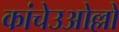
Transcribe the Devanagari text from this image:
कांचेउओल्लो